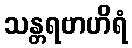
သန္တရဗာဟိရံ